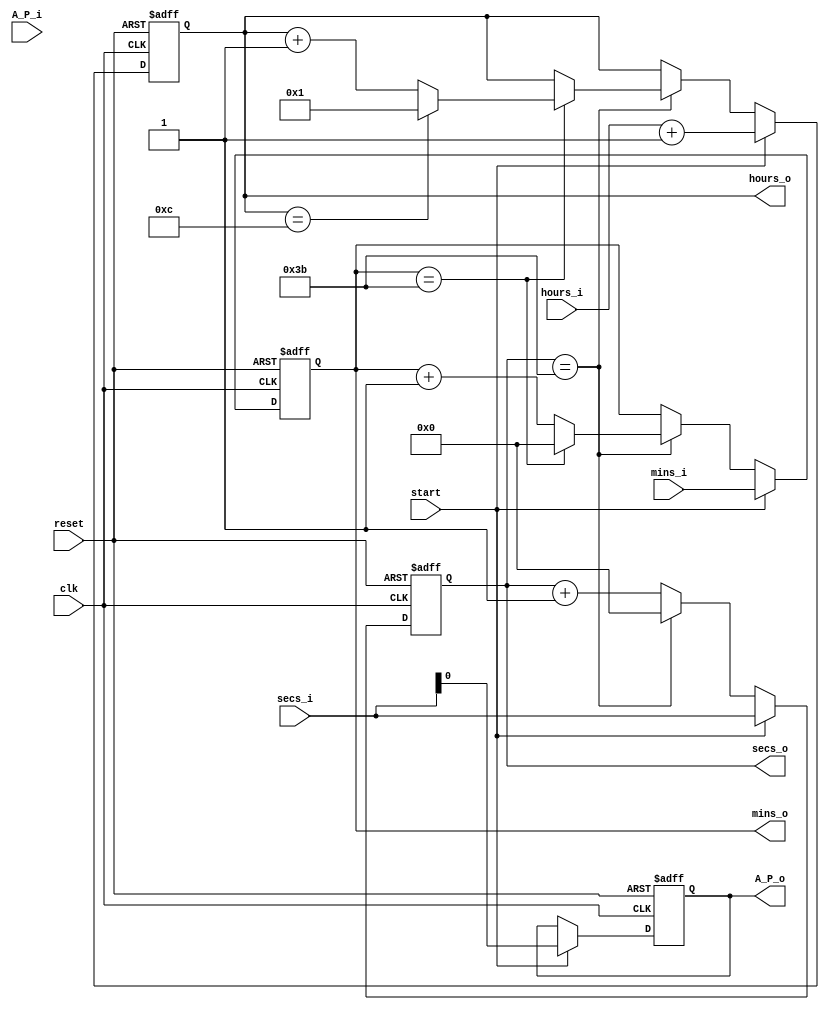
`timescale 1ns / 1ps
//////////////////////////////////////////////////////////////////////////////////
// Company: 
// Engineer: 
// 
// Design Name: 
// Module Name: cloc_12
// Project Name: 
// Target Devices: 
// Tool Versions: 
// Description: 
// 
// Dependencies: 
// 
// Revision:
// Revision 0.01 - File Created
// Additional Comments:
// 
//////////////////////////////////////////////////////////////////////////////////

//"start" signal acts as reset

module clock12(start, reset, clk, hours_i, mins_i, secs_i, A_P_i, hours_o, mins_o, secs_o, A_P_o);

input start, reset, clk;
input [4:0] hours_i;
input [5:0] mins_i;
input [5:0] secs_i;
input A_P_i;

output [4:0] hours_o;
output [5:0] mins_o;
output [5:0] secs_o;
output A_P_o; // 0 is AM, 1 is PM


//internal registers
reg [4:0]hours_int;
reg [5:0]mins_int;
reg [5:0]secs_int;
reg A_P_int;

always @(posedge clk or negedge reset) begin
    if (!reset) begin
        hours_int <= 1;
        mins_int <= 0;
        secs_int <= 0;
        A_P_int <= 0;
    end else if (start) begin
        hours_int <= hours_i + 1;
        mins_int <= mins_i;
        secs_int <= secs_i;
        A_P_int <= secs_i;
    end else begin
        secs_int <= secs_int + 1;
        if (secs_int == 59) begin
            secs_int <= 0;
            mins_int <= mins_int + 1;
            if (mins_int == 59) begin
                mins_int <= 0;
                hours_int <= hours_int + 1;
                if (hours_int == 12) begin 
                    hours_int <= 1;
                end
            end
        end
    end
 end // always

//asign outputs to internal registers
assign hours_o = hours_int;
assign mins_o = mins_int;
assign secs_o = secs_int;
assign A_P_o = A_P_int;

endmodule